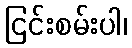
ငြင်းစမ်းပါ၊